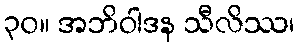
၃၀။ အဘိဝါဒန သီလိဿ၊